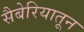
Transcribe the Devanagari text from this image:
सैबेरियातून